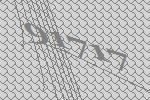
91717